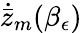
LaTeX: \dot{\bar{z}}_{m}(\beta_{\epsilon})